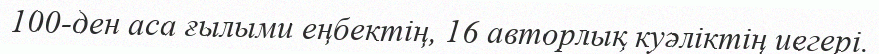
100-ден аса ғылыми еңбектің, 16 авторлық куәліктің иегері.